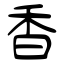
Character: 香